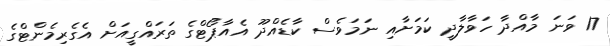
17 ވަނަ މާއްދާ ހަވާލާދީ ކަމަށާއި ނަމަވެސް ކާޑެއްދޫ އެއާޕޯޓްގެ ތަރައްގީއަށް އެގެރިމެންޓްގެ